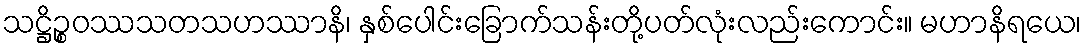
သဋ္ဌိဉ္စဝဿသတသဟဿာနိ၊ နှစ်ပေါင်းခြောက်သန်းတို့ပတ်လုံးလည်းကောင်း။ မဟာနိရယေ၊